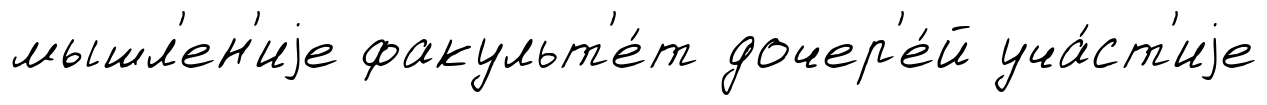
мышл'ен'иjе факульт'е́т дочер'е́й уча́ст'иjе